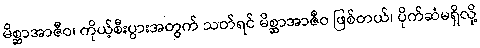
မိစ္ဆာအာဇီဝ၊ ကိုယ့်စီးပွားအတွက် သတ်ရင် မိစ္ဆာအာဇီဝ ဖြစ်တယ်၊ ပိုက်ဆံမရှိလို့